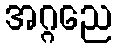
အဂ္ဂညေ